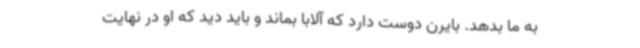
به ما بدهد. بایرن دوست دارد که آلابا بماند و باید دید که او در نهایت